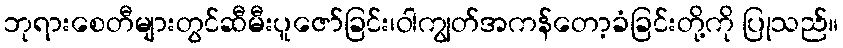
ဘုရားစေတီများတွင်ဆီမီးပူဇော်ခြင်း၊ဝါကျွတ်အကန်တော့ခံခြင်းတို့ကို ပြုသည်။